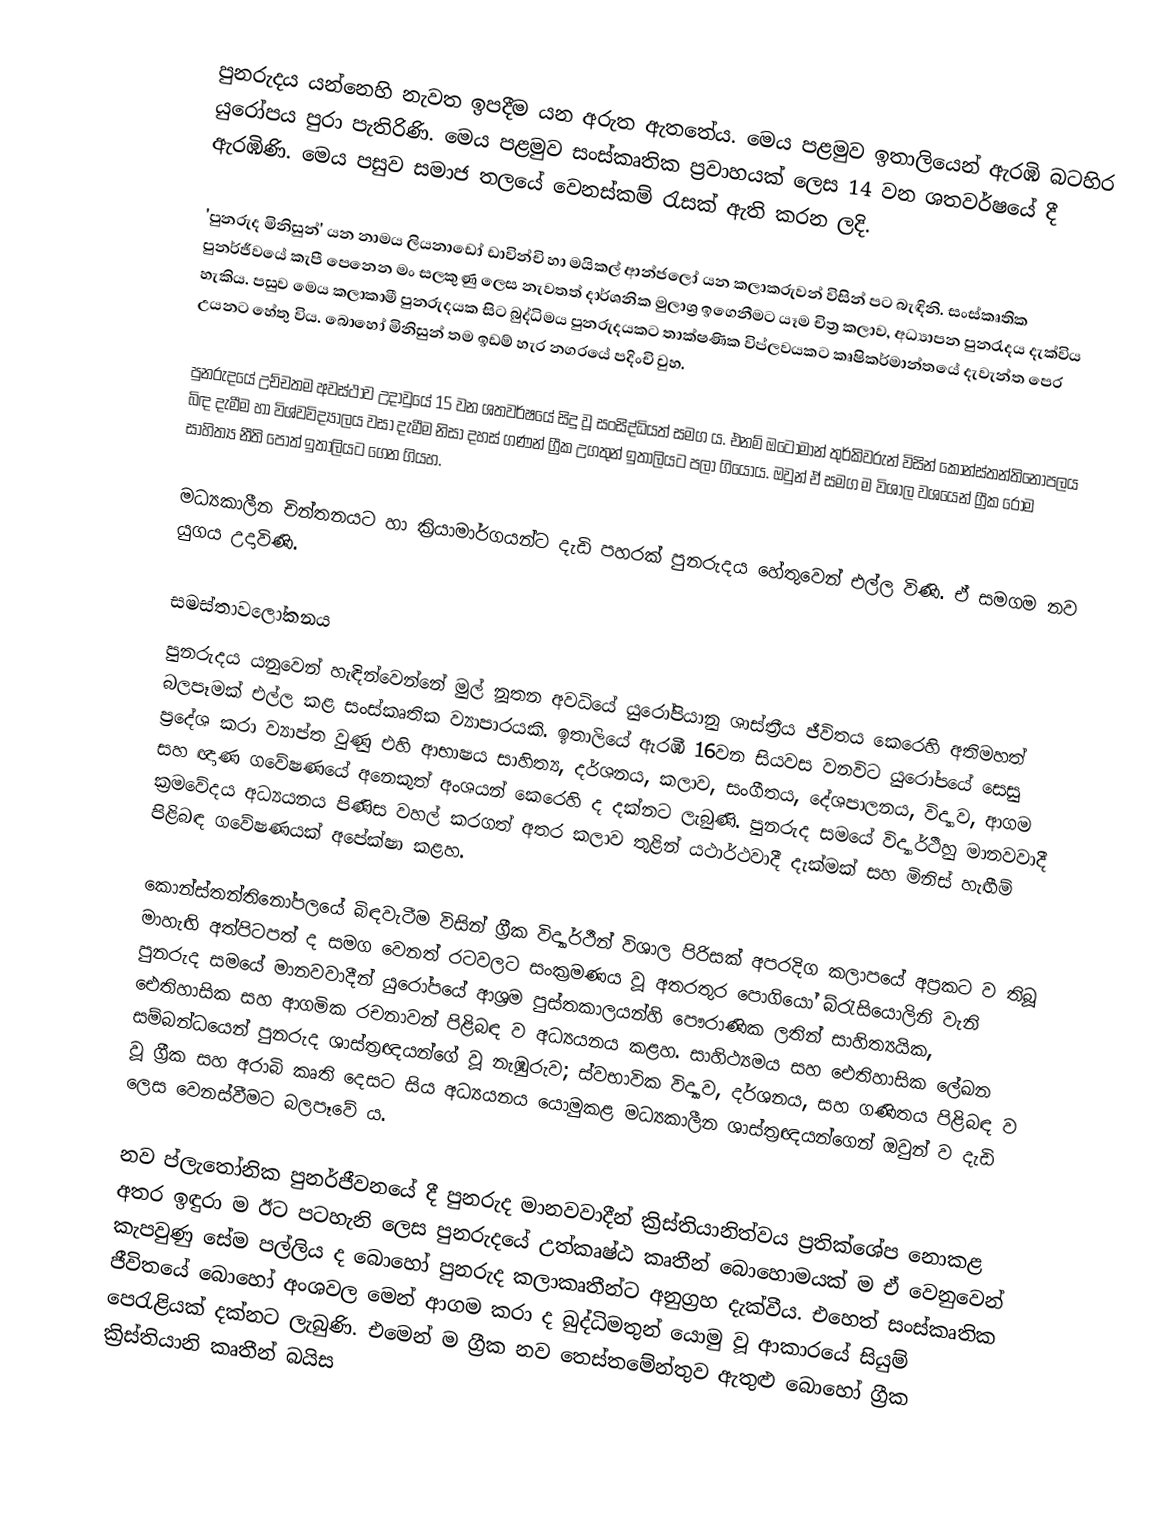
පුනරුදය යන්නෙහි නැවත ඉපදීම යන අරුත ඇතතේය. මෙය පළමුව ඉතාලියෙන් ඇරඹි බටහිර යුරෝපය පුරා පැතිරිණි. මෙය පළමුව සංස්කෘතික ප්‍රවාහයක් ලෙස  14 වන ශතවර්ෂයේ දී ඇරඹිණි. මෙය පසුව සමාජ තලයේ වෙනස්කම් රැසක් ඇති කරන ලදි.

'පුනරුද මිනිසුන්' යන නාමය ලියනා‍‍ඩෝ ඩාවින්චි හා මයිකල් ආන්ජලෝ යන කලාකරුවන් විසින් පට  බැඳිනි. සංස්කෘතික පුනර්ජීවයේ කැපී පෙනෙන මං සලකුණු ලෙස නැවතත් දාර්ශනික මුලාශ්‍ර ‍ඉගෙනීමට යෑම චිත්‍ර කලාව, අධ්‍යාපන පුනරැදය දැක්විය හැකිය. පසුව මෙය කලාකාමී පුනරුදයක සිට බුද්ධිමය පුනරුදයකට තාක්ෂණික විප්ලවයකට කෘෂිකර්මාන්තයේ දැවැන්ත පෙර උයනට හේතු විය. බොහෝ මිනිසුන් තම ඉඩම් හැර නග‍රයේ පදිංචි වුහ.

පුනරුදයේ උච්චතම අවස්ථාව උදාවුයේ 15 වන ශතවර්ෂයේ සිදු වූ සංසිද්ධියත් සමග ය. එනම් ඔටෝමාන් තුර්කිවරුන් විසින් කොන්ස්තන්තිනෝපලය බිඳ දැමීම හා විශ්වවිද්‍යාලය වසා දැමීම නිසා දහස් ගණන් ග්‍රීක  උගතුන් ඉතාලියට පලා ගියෝය. ඔවුන් ඒ සමග ම  විශාල වශයෙන් ග්‍රීක රෝම සාහිත්‍ය නීති පොත් ඉතාලියට ගෙන ගියහ.

මධ්‍යකාලීන චින්තනයට හා ක්‍රියාමාර්ගයන්ට දැඩි පහරක් පුනරුදය හේතුවෙන් එල්ල විණි. ඒ සමගම නව යුගය උදාවිණි.

සමස්තාවලෝකනය
පුනරුදය යනුවෙන් හැඳින්වෙන්නේ මුල් නූතන අවධියේ යුරෝපියානු ශාස්ත්‍රීය ජීවිතය කෙරෙහි අතිමහත් බලපෑමක් එල්ල කළ සංස්කෘතික ව්‍යාපාරයකි. ඉතාලියේ ඇරඹී 16වන සියවස වනවිට යුරෝපයේ සෙසු ප්‍රදේශ කරා ව්‍යාප්ත වුණු එහි ආභාෂය සාහිත්‍ය, දර්ශනය, කලාව, සංගීතය, දේශපාලනය, විද්‍යාව, ආගම සහ ඥාණ ගවේෂණයේ අනෙකුත් අංශයන් කෙරෙහි ද දක්නට ලැබුණි. පුනරුද සමයේ විද්‍යාර්ථීහු මානවවාදී ක්‍රමවේදය අධ්‍යයනය පිණිස වහල් කරගත් අතර කලාව තුළින් යථාර්ථවාදී දැක්මක් සහ මිනිස් හැඟීම් පිළිබඳ ගවේෂණයක් අපේක්ෂා කළහ.

කොන්ස්තන්තිනෝපලයේ බිඳවැටීම විසින් ග්‍රීක විද්‍යාර්ථීන් විශාල පිරිසක් අපරදිග කලාපයේ අප්‍රකට ව තිබූ මාහැඟි අත්පිටපත් ද සමග වෙනත් රටවලට සංක්‍රමණය වූ අතරතුර පොගියෝ බ්රැසියොලිනි වැනි පුනරුද සමයේ මානවවාදීන් යුරෝපයේ ආශ්‍රම පුස්තකාලයන්හි පෞරාණික ලතින් සාහිත්‍යයික, ඓතිහාසික සහ ආගමික රචනාවන් පිළිබඳ ව අධ්‍යයනය කළහ. සාහිථ්‍යමය සහ ඓතිහාසික ලේඛන සම්බන්ධයෙන් පුනරුද ශාස්ත්‍රඥයන්ගේ වූ නැඹුරුව; ස්වභාවික විද්‍යාව, දර්ශනය, සහ ගණිතය පිළිබඳ ව වූ ග්‍රීක සහ අරාබි කෘති දෙසට සිය අධ්‍යයනය යොමුකළ මධ්‍යකාලීන ශාස්ත්‍රඥයන්ගෙන් ඔවුන් ව දැඩි ලෙස වෙනස්වීමට බලපෑවේ ය.

නව ප්ලැතෝනික පුනර්ජීවනයේ දී  පුනරුද මානවවාදීන් ක්‍රිස්තියානිත්වය ප්‍රතික්ශේප නොකළ අතර ඉඳුරා ම ඊට පටහැනි ලෙස පුනරුදයේ උත්කෘෂ්ඨ කෘතීන් බොහොමයක් ම ඒ වෙනුවෙන් කැපවුණු සේම පල්ලිය ද බොහෝ පුනරුද කලාකෘතීන්ට අනුග්‍රහ දැක්වීය. එහෙත් සංස්කෘතික ජීවිතයේ බොහෝ අංශවල මෙන් ආගම කරා ද බුද්ධිමතුන් යොමු වූ ආකාරයේ සියුම් පෙරැළියක් දක්නට ලැබුණි. එමෙන් ම ග්‍රීක නව තෙස්තමේන්තුව ඇතුළු බොහෝ ග්‍රීක ක්‍රිස්තියානි කෘතීන් බයිස